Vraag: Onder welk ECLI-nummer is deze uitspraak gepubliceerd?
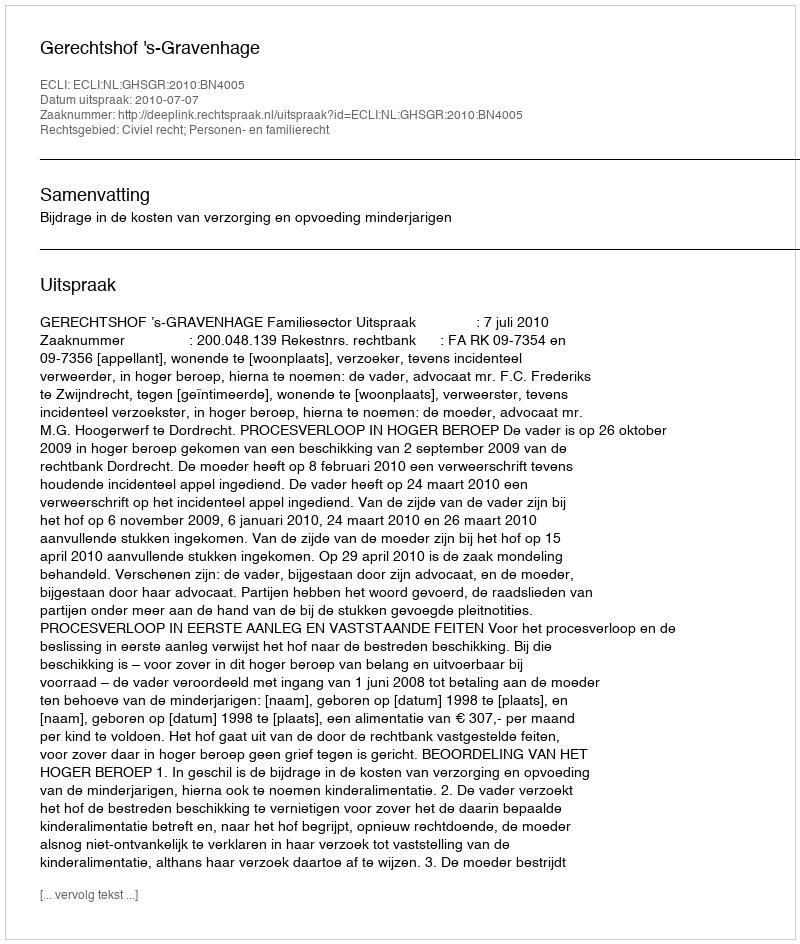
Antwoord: ECLI:NL:GHSGR:2010:BN4005